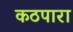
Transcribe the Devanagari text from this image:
कठपारा